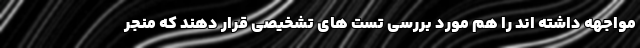
مواجهه داشته اند را هم مورد بررسی تست های تشخیصی قرار دهند که منجر